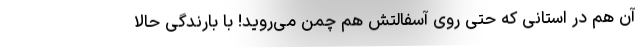
آن هم در استانی که حتی روی آسفالتش هم چمن می‌روید! با بارندگی حالا